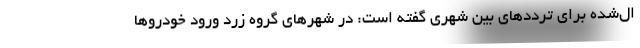
ال‌شده برای ترددهای بین شهری گفته است: در شهرهای گروه زرد ورود خودروها